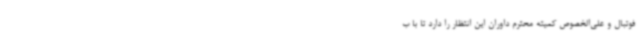
فوتبال و علی‌الخصوص کمیته محترم داوران این انتظار را دارد تا با ب